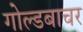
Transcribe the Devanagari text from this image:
गोल्डबाचर